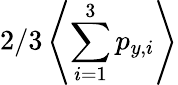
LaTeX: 2/3\left\langle\sum_{i=1}^{3}p_{y,i}\right\rangle